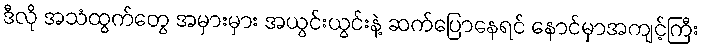
ဒီလို အသံထွက်တွေ အမှားမှား အယွင်းယွင်းနဲ့ ဆက်ပြောနေရင် နောင်မှာအကျင့်ကြီး